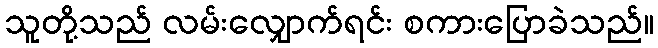
သူတို့သည် လမ်းလျှောက်ရင်း စကားပြောခဲသည်။